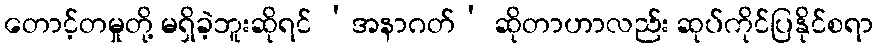
တောင့်တမှုတို့ မရှိခဲ့ဘူးဆိုရင် ‘အနာဂတ်’ ဆိုတာဟာလည်း ဆုပ်ကိုင်ပြနိုင်စရာ